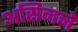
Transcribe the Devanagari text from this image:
असिनने